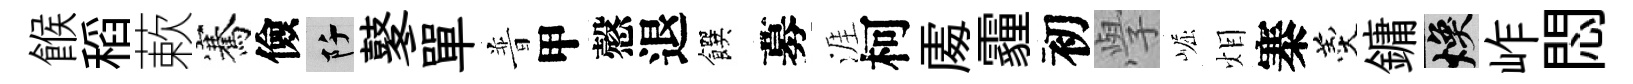
餱稻蔌騫儉阡鼕單普甲慤退饌募涯柯𠁅霾初𭓕崛𤇆寨羹鏞焕岞悶